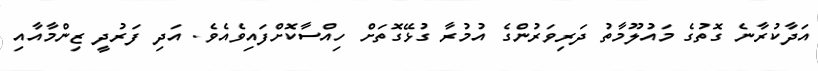
އަދާކުރާނެ ގޮތުގެ މައުލޫމާތު ދަރިވަރުންގެ އުމުރާ ގުޅޭގޮތަށް ހިއްސާކޮށްފައިވެއެވެ. އަދި ފަރުދީ ޒިންމާއާއި